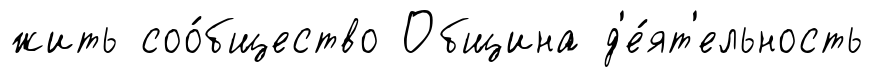
жить соо́бщество Община д'е́ят'ельность